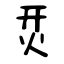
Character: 烎